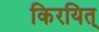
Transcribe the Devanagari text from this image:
किरयित्